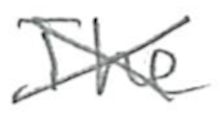
Text: The
Cross-out: mix
Writing tool: pencil